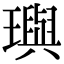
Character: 璵